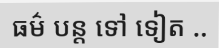
ធម៌ បន្ត ទៅ ទៀត ..